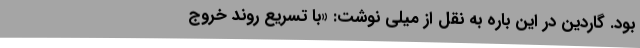
بود. گاردین در این باره به نقل از میلی نوشت: «با تسریع روند خروج